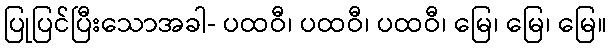
ပြုပြင်ပြီးသောအခါ- ပထဝီ၊ ပထဝီ၊ ပထဝီ၊ မြေ၊ မြေ၊ မြေ။